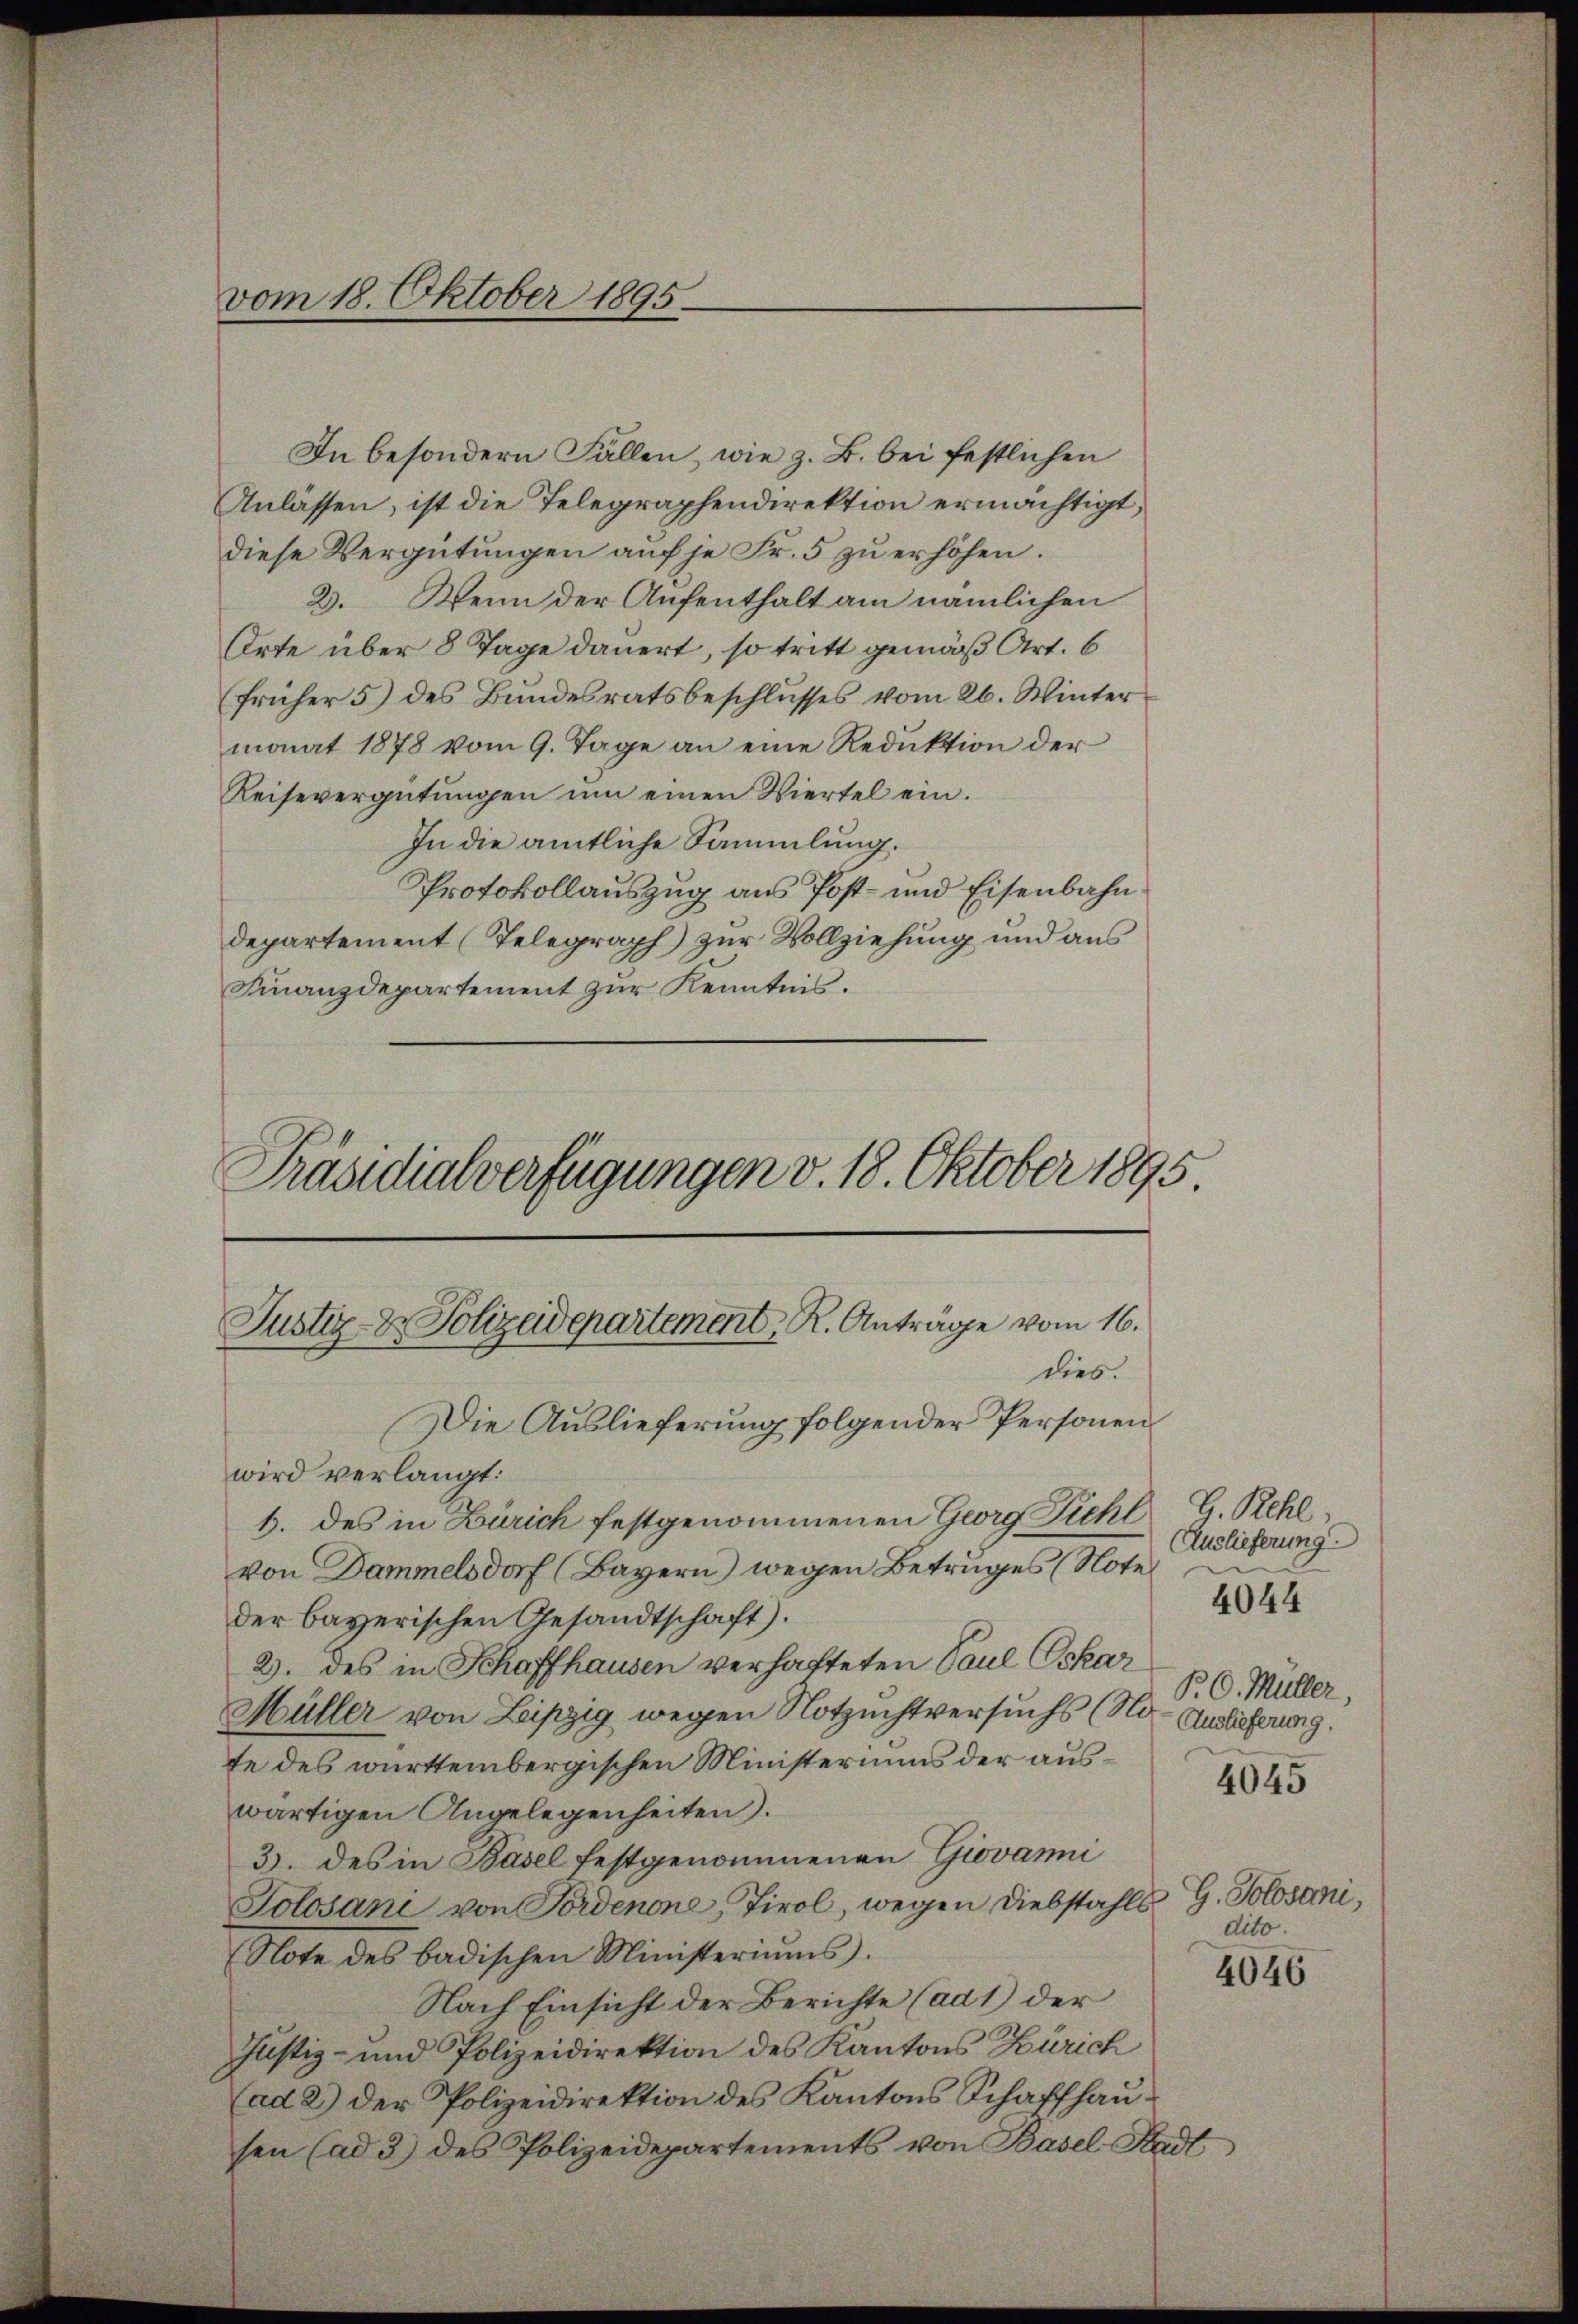
vom 18. Oktober 1895

Justiz- & Polizeidepartement, R. Anträge vom 16.
dies.

In besondern Fällen, wie z. B. bei festlichen
Anlassen, ist die Telegraphendirektion ermächtigt,
diese Vergütungen auf je Fr. 5 zu erhöhen.
2. Wenn der Aufenthalt am nämlichen
Orte über 8 Tage dauert, so tritt gemäß Art. 6
früher 5) des Bundesratsbeschlusses vom 26. Winter
monat 1878 vom 9. Tage an eine Reduktion der
Reisevergütŭngen ŭm einen Viertel ein.
In die amtliche Sammlung.
Protokollauszug aus Post- und Eisenbahndepartement (Telegraph) zur Vollziehung und aus
Finanzdepartement zur Kenntnis.
Präsidialverfügungen v. 18. Oktober 1895.

Die Auslieferung folgender Personen
wird verlangt:
1. des in Zürich festgenommenen Georg Pichl G. Rehl
von Dammelsdorf (Bayern) wegen Betruges (Note
der bayerischen Gesandtschaft).
2. des in Schaffhausen verhafteten Paul Oskar
Müller von Leipzig wegen Notzuchtversuchs (Na- Auslieferung.
te des württembergischen Ministeriums der auswärtigen Angelegenheiten).
3. des in Basel festgenommenen Giovanni
Solosani von Fordenone, Tirol, wegen Diebstahls G. Solosani,
Note des badischen Ministeriums.
Nach Einsicht der Berichte (ad 1) der
Justiz- und Polizeidirektion des Kantons Zürich
(ad 2) der Polizeidirektion des Kantons Schaffhausen (ad 3) des Polizeidepartements von Basel-Stadt

Auslieferung
P.O. Müller,

4044

4045

dito.

4646